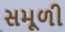
સમૂળી